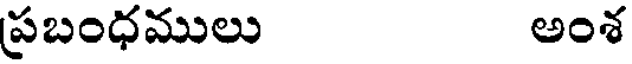
ప్రబంధములు అంశ